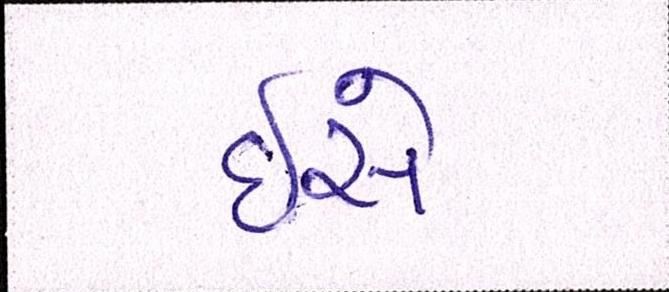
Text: ઇસે